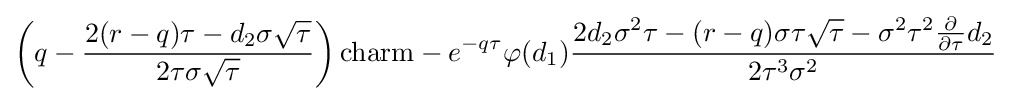
\left(q-{\frac {2(r-q)\tau -d_{2}\sigma {\sqrt {\tau }}}{2\tau \sigma {\sqrt {\tau }}}}\right){\text{charm}}-e^{-q\tau }\varphi (d_{1}){\frac {2d_{2}\sigma ^{2}\tau -(r-q)\sigma \tau {\sqrt {\tau }}-\sigma ^{2}\tau ^{2}{\frac {\partial }{\partial \tau }}d_{2}}{2\tau ^{3}\sigma ^{2}}}